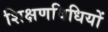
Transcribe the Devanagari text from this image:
शिक्षणविधियों